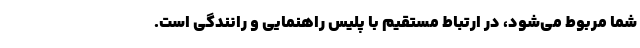
شما مربوط می‌شود، در ارتباط مستقیم با پلیس راهنمایی و رانندگی است.